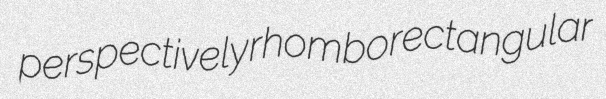
perspectively rhomborectangular